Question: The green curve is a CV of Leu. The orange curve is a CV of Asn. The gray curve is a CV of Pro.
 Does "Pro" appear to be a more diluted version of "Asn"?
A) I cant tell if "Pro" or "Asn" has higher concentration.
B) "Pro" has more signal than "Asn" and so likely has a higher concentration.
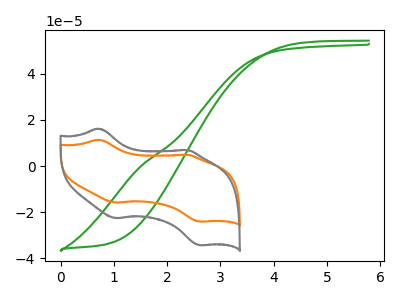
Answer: <think>The green curve "Leu" has no peaks. The orange curve "Asn" has anodic peaks at (0.70V, 11.35uA) (2.35V, 4.85uA) and cathodic peaks at (1.05V, -15.85uA) (2.60V, -24.10uA). The gray curve "Pro" has anodic peaks at (0.70V, 16.20uA) (2.35V, 6.90uA) and cathodic peaks at (1.05V, -22.60uA) (2.60V, -34.30uA).
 All the peaks in "Pro" have a peak in "Asn" at the same potential. Every peak in "Pro" is higher than every peak in "Asn".</think>
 <answer>B) "Pro" has more signal than "Asn" and so likely has a higher concentration.</answer>
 <eval>B</eval>